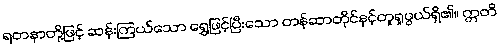
ရတနာတို့ဖြင့် ဆန်းကြယ်သော ရွှေဖြင့်ပြီးသော တန်ဆာတိုင်နှင့်တူရှုဖွယ်ရှိ၏။ ဣတိ